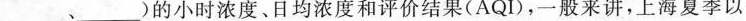
___、___)的小时浓度。日均浓度和评价结果(AQI)，一般来讲，上海夏季以